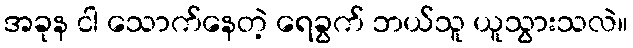
အခုန ငါ သောက်နေတဲ့ ရေခွက် ဘယ်သူ ယူသွားသလဲ။